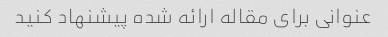
عنوانی برای مقاله ارائه شده پیشنهاد کنید